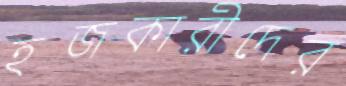
হজকারীদের